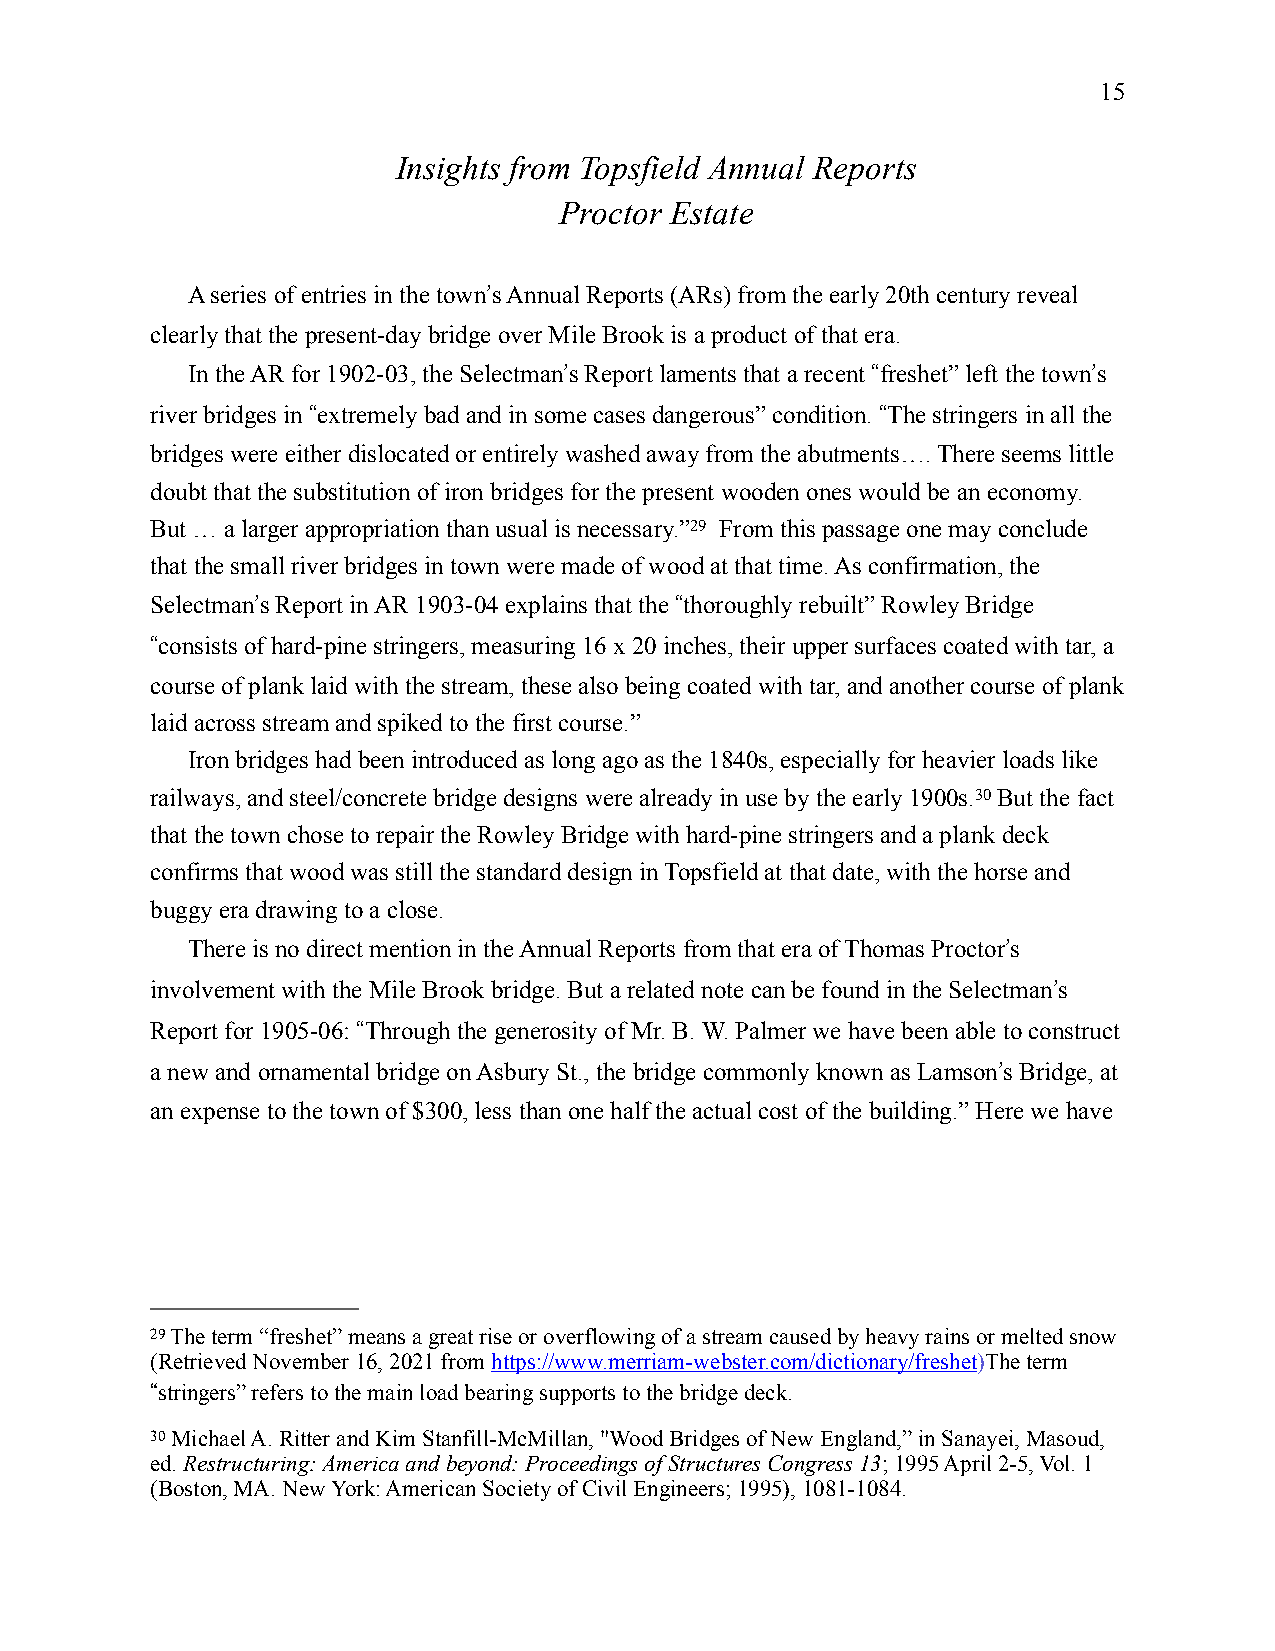
15
 Insights from Topsfield Annual Reports
 Proctor Estate
 A series of entries in the town!s Annual Reports (ARs) from the early 20th century reveal
 clearly that the present-day bridge over Mile Brook is a product of that era.
 In the AR for 1902-03, the Selectman!s Report laments that a recent "freshet” left the town!s
 river bridges in "extremely bad and in some cases dangerous” condition. "The stringers in all the
 bridges were either dislocated or entirely washed away from the abutments…. There seems little
 doubt that the substitution of iron bridges for the present wooden ones would be an economy.
 But … a larger appropriation than usual is necessary.”29 From this passage one may conclude
 that the small river bridges in town were made of wood at that time. As confirmation, the
 Selectman!s Report in AR 1903-04 explains that the "thoroughly rebuilt” Rowley Bridge
 "consists of hard-pine stringers, measuring 16 x 20 inches, their upper surfaces coated with tar, a
 course of plank laid with the stream, these also being coated with tar, and another course of plank
 laid across stream and spiked to the first course.”
 Iron bridges had been introduced as long ago as the 1840s, especially for heavier loads like
 railways, and steel/concrete bridge designs were already in use by the early 1900s.30 But the fact
 that the town chose to repair the Rowley Bridge with hard-pine stringers and a plank deck
 confirms that wood was still the standard design in Topsfield at that date, with the horse and
 buggy era drawing to a close.
 There is no direct mention in the Annual Reports from that era of Thomas Proctor!s
 involvement with the Mile Brook bridge. But a related note can be found in the Selectman!s
 Report for 1905-06: "Through the generosity of Mr. B. W. Palmer we have been able to construct
 a new and ornamental bridge on Asbury St., the bridge commonly known as Lamson!s Bridge, at
 an expense to the town of $300, less than one half the actual cost of the building.” Here we have
 29 The term “freshet” means a great rise or overflowing of a stream caused by heavy rains or melted snow
 (Retrieved November 16, 2021 from https://www.merriam-webster.com/dictionary/freshet)The term
 "stringers” refers to the main load bearing supports to the bridge deck.
 30 Michael A. Ritter and Kim Stanfill-McMillan, "Wood Bridges of New England,” in Sanayei, Masoud,
 ed. Restructuring: America and beyond: Proceedings of Structures Congress 13; 1995 April 2-5, Vol. 1
 (Boston, MA. New York: American Society of Civil Engineers; 1995), 1081-1084.